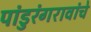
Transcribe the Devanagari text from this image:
पांडुरंगरावांचे